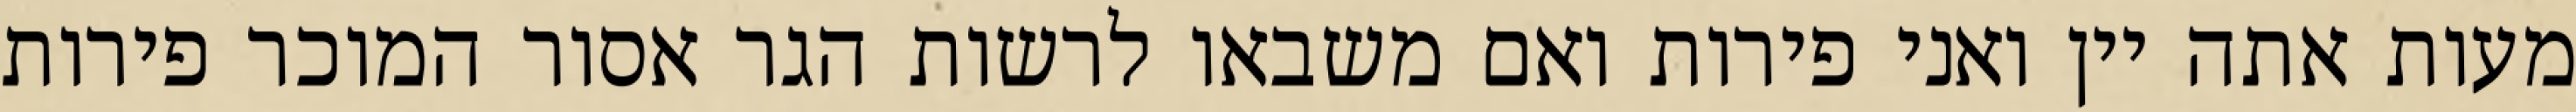
מעות אתה יין ואני פירות ואם משבאו לרשות הגר אסור המוכר פירות